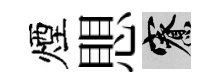
煙愳寮